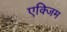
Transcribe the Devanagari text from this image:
एक्जिम